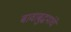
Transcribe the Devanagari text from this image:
बावाबुद्धयांचे